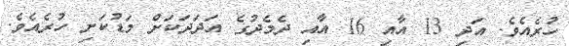
ހުރެއެވެ. އަދި 13 އާއި 16 އާއި ދެމެދުގެ އަދަދަކަށް މަޑުކަށި ހުރެއެވެ.